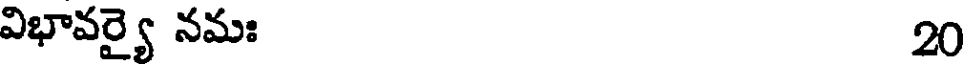
విభావర్యై నమః 20